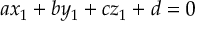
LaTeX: \, a x _ { 1 } + b y _ { 1 } + c z _ { 1 } + d = 0